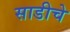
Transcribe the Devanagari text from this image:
साडीचे